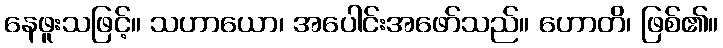
နေဖူးသဖြင့်။ သဟာယော၊ အပေါင်းအဖော်သည်။ ဟောတိ၊ ဖြစ်၏။